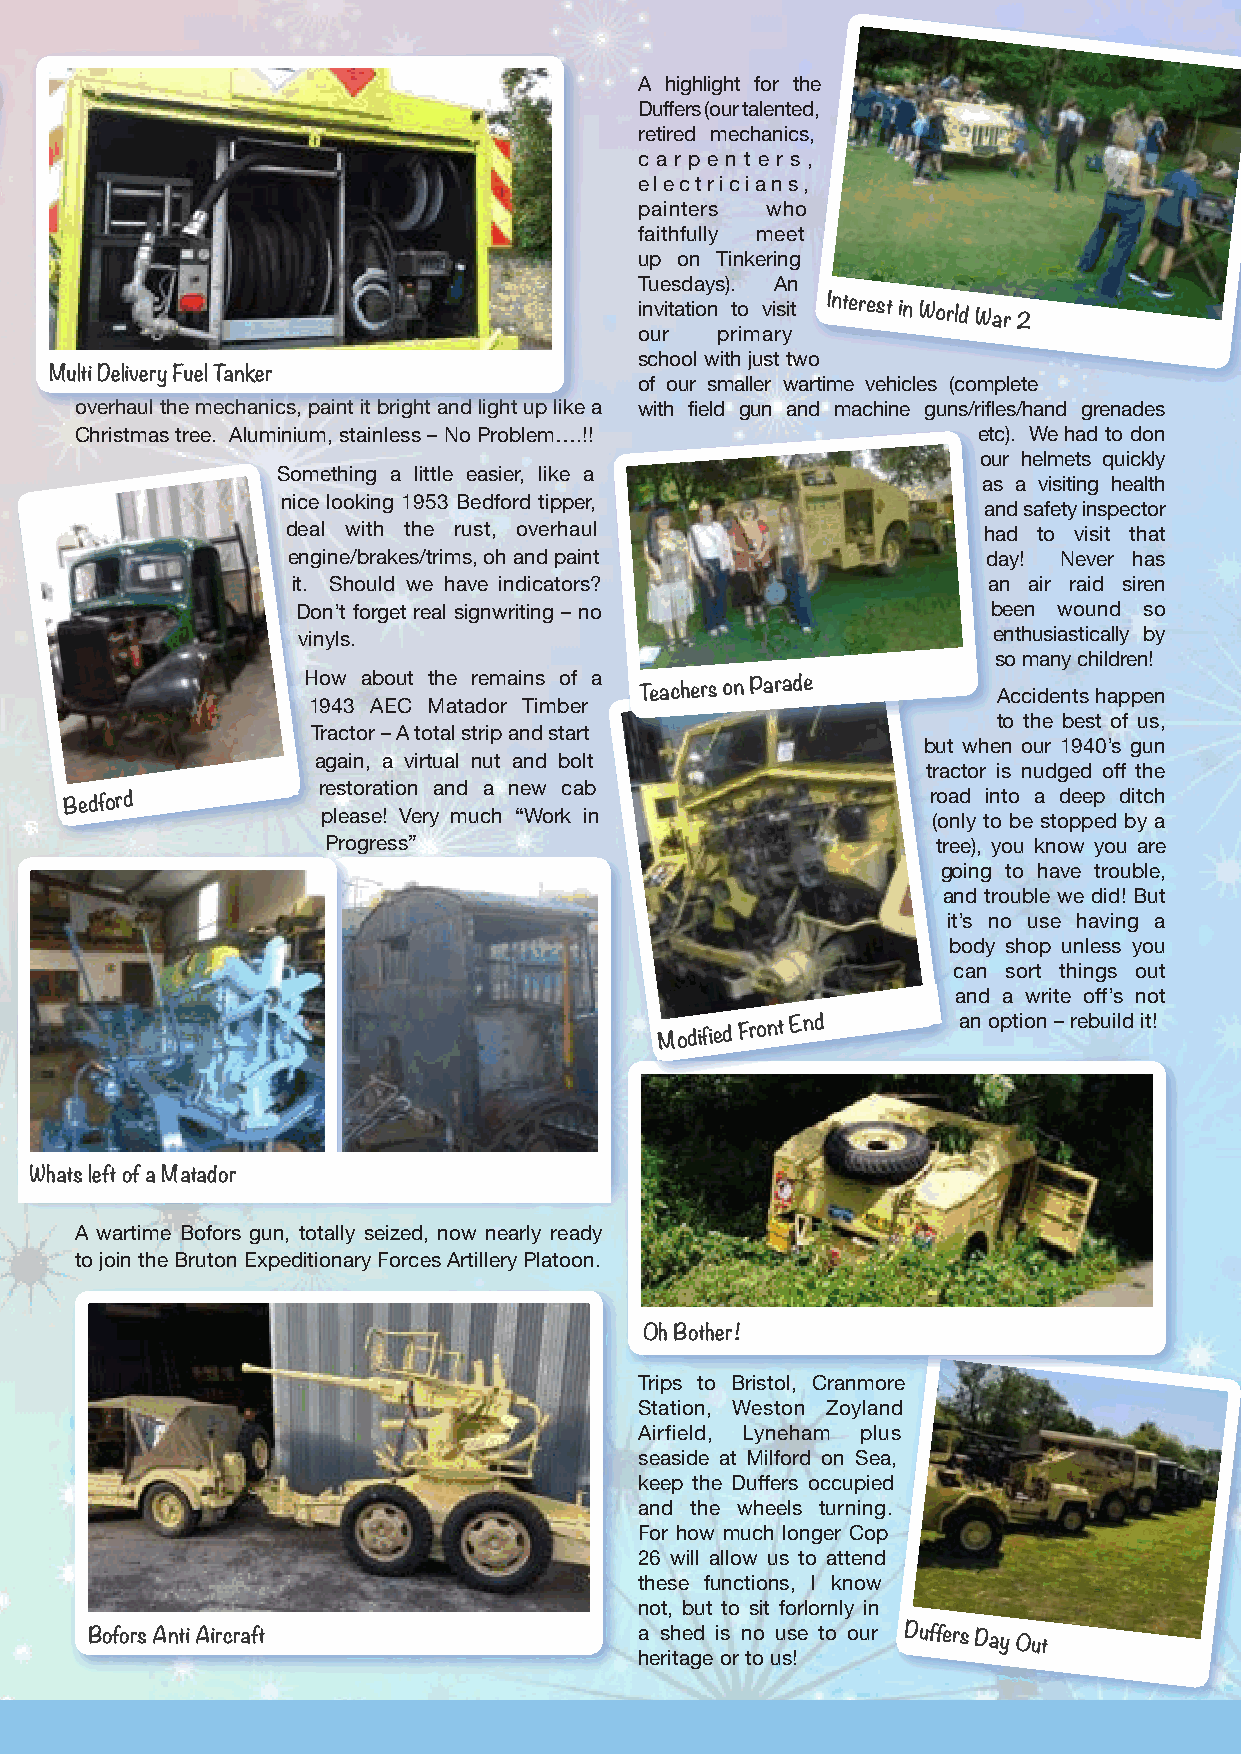
A highlight for the
 Duffers (our talented,
 retired mechanics,
 c a r p e n t e r s ,
 electricians,
 painters who
 faithfully meet
 up on Tinkering
 Tuesdays). An
 invitation to visit Interest in World
 War 2
 our  primary
 school with just two
 Multi Delivery Fuel Tanker             of our smaller wartime vehicles (complete
 overhaul the mechanics, paint it bright and light up like a with field gun and machine guns/rifles/hand grenades
 Christmas tree. Aluminium, stainless – No Problem….!!       etc). We had to don
 our helmets quickly
 Something a little easier, like a
 as a visiting health
 nice looking 1953 Bedford tipper,
 and safety inspector
 deal with the rust, overhaul                  had to visit that
 engine/brakes/trims, oh and paint             day! Never has
 it. Should we have indicators?                an air raid siren
 Don’t forget real signwriting – no            been wound so
 vinyls.                                       enthusiastically by
 so many children!
 How about the remains of a
 Teachers on Parade      Accidents happen
 1943 AEC Matador Timber
 to the best of us,
 Tractor – A total strip and start
 but when our 1940’s gun
 again, a virtual nut and bolt
 tractor is nudged off the
 restoration and a new cab
 road into a deep ditch
 Bedford
 please! Very much “Work in               (only to be stopped by a
 Progress”                               tree), you know you are
 going to have trouble,
 and trouble we did! But
 it’s no use having a
 body shop unless you
 can sort things out
 and a write off’s not
 Modified
 Front End     an option – rebuild it!
 Whats left of a Matador
 A wartime Bofors gun, totally seized, now nearly ready
 to join the Bruton Expeditionary Forces Artillery Platoon.
 Oh Bother!
 Trips to Bristol, Cranmore
 Station, Weston Zoyland
 Airfield, Lyneham plus
 seaside at Milford on Sea,
 keep the Duffers occupied
 and the wheels turning.
 For how much longer Cop
 26 will allow us to attend
 these functions, I know
 not, but to sit forlornly in
 Bofors Anti Aircraft                a shed is no use to our Duffers Day Out
 heritage or to us!